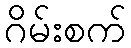
ဂိမ်းစက်